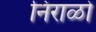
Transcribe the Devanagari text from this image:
निराळो